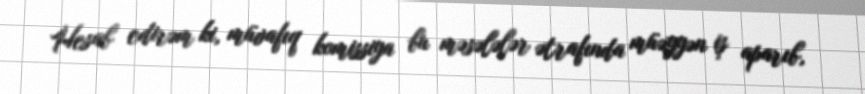
Hesab edirəm ki, müvafıq komissiya bu məsələlər ətrafında müəyyən iş aparıb,